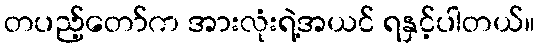
တပည့်တော်က အားလုံးရဲ့အယင် ရနှင့်ပါတယ်။